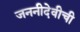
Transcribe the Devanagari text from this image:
जननीदेवीची